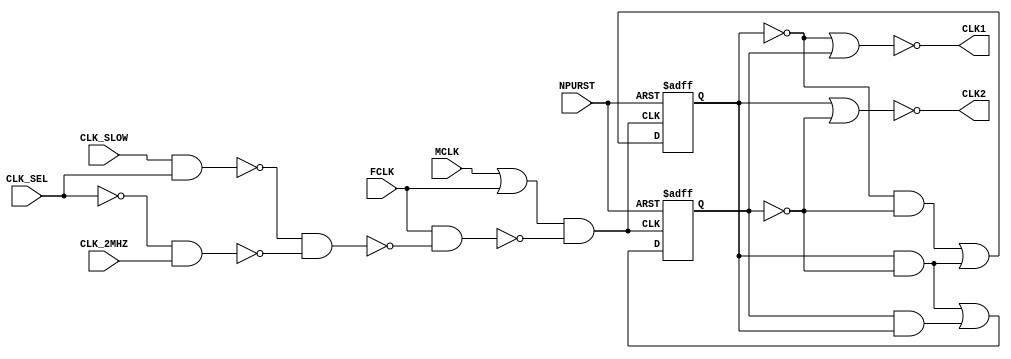
module ng_CLK(
	input 					NPURST,			
	input 					MCLK,				
	input 					FCLK,				
	input 					CLK_SLOW,		
	input 					CLK_SEL,			
	input 					CLK_2MHZ,		
	output  					CLK1,				
	output					CLK2				
);
wire CLOCK  = !(!(CLK_SLOW & CLK_SEL) & !(!CLK_SEL & CLK_2MHZ));  
wire CK_CLK = !((MCLK | FCLK) & !(FCLK & CLOCK)); 
reg  Q1, Q2; 
always@(negedge CK_CLK or negedge NPURST) 
    if(!NPURST) Q1 <= 1'b1;
    else        Q1 <= (~Q1 & ~Q2) | (Q1 & ~Q2);
always@(posedge CK_CLK or negedge NPURST) 
    if(!NPURST) Q2 <= 1'b1;
    else        Q2 <= (~Q2 &  Q1) | (Q2 & Q1);
assign CLK1	= !(~Q1 |  Q2);
assign CLK2	= !( Q1 | ~Q2);
endmodule